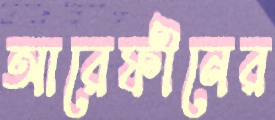
আরেফীনের